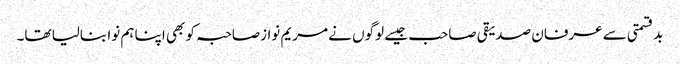
بدقسمتی سے عرفان صدیقی صاحب جیسے لوگوں نے مریم نوازصاحبہ کو بھی اپنا ہم نوا بنالیا تھا۔